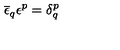
\overline { { \epsilon } } _ { q } \epsilon ^ { p } = \delta _ { q } ^ { p }